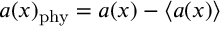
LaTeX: a ( x ) _ { \mathrm { p h y } } = a ( x ) - \langle a ( x ) \rangle